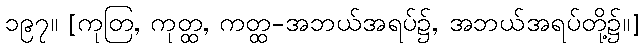
၁၉၇။ [ကုတြ, ကုတ္ထ, ကတ္ထ-အဘယ်အရပ်၌, အဘယ်အရပ်တို့၌။]